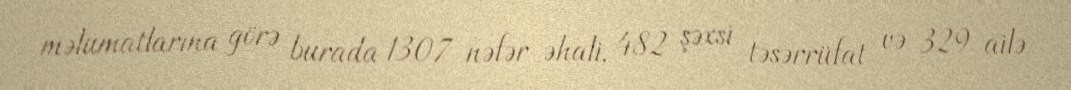
məlumatlarına görə burada 1307 nəfər əhali, 482 şəxsi təsərrüfat və 329 ailə